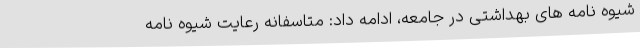
شیوه نامه های بهداشتی در جامعه، ادامه داد: متاسفانه رعایت شیوه نامه